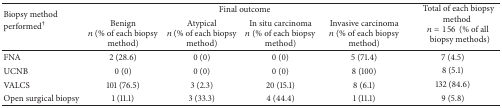
<table><thead><tr><td rowspan="2"><b>Biopsy method performed<sup>†</sup></b></td><td colspan="4"><b>Final outcome </b></td><td rowspan="2"><b>Total of each biopsy method<i>n</i> = 156(% of all biopsy methods)</b></td></tr><tr><td><b>Benign <i>n</i> (% of each biopsy method)</b></td><td><b>Atypical <i>n</i> (% of each biopsy method)</b></td><td><b>In situ carcinoma <i>n</i> (% of each biopsy method)</b></td><td><b>Invasive carcinoma <i>n</i> (% of each biopsy method)</b></td></tr></thead><tbody><tr><td> FNA</td><td>2 (28.6)</td><td>0 (0)</td><td>0 (0)</td><td>5 (71.4)</td><td>7 (4.5)</td></tr><tr><td> UCNB</td><td>0 (0)</td><td>0 (0)</td><td>0 (0)</td><td>8 (100)</td><td>8 (5.1)</td></tr><tr><td> VALCS</td><td>101 (76.5)</td><td>3 (2.3)</td><td>20 (15.1)</td><td>8 (6.1)</td><td>132 (84.6)</td></tr><tr><td> Open surgical biopsy</td><td>1 (11.1)</td><td>3 (33.3)</td><td>4 (44.4)</td><td>1 (11.1)</td><td>9 (5.8)</td></tr></tbody></table>